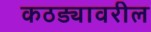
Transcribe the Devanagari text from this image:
कठड्यावरील